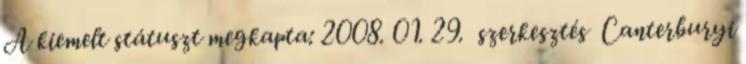
A kiemelt státuszt megkapta: 2008. 01. 29. szerkesztés Canterburyi